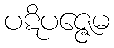
ပဋိပဇ္ဇေမ